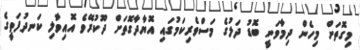
މިގޮތަށް މިހެން ދިމާވަނީ ބޮޑު ދަލުގެ މަސްވެރިކަމުގައި އޮޔާދާގޮތަށް ދޫކުރޭވެ އޮއިވާލި ކަނދުފަތީގެ